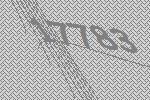
17783